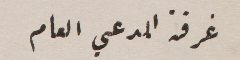
غرفة المدعي العام